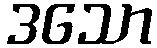
ဒသော